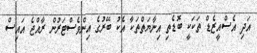
އަދި އެސްއީޒެޑް ތަކަކީ ބޮޑެތި އިނާޔަތްތަކާ އެކު ބޭރުގެ އިންވެސްޓަރުން ރާއްޖެ އައިސް